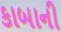
કાબાની